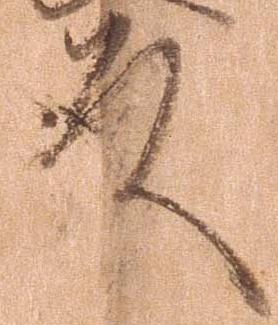
殿